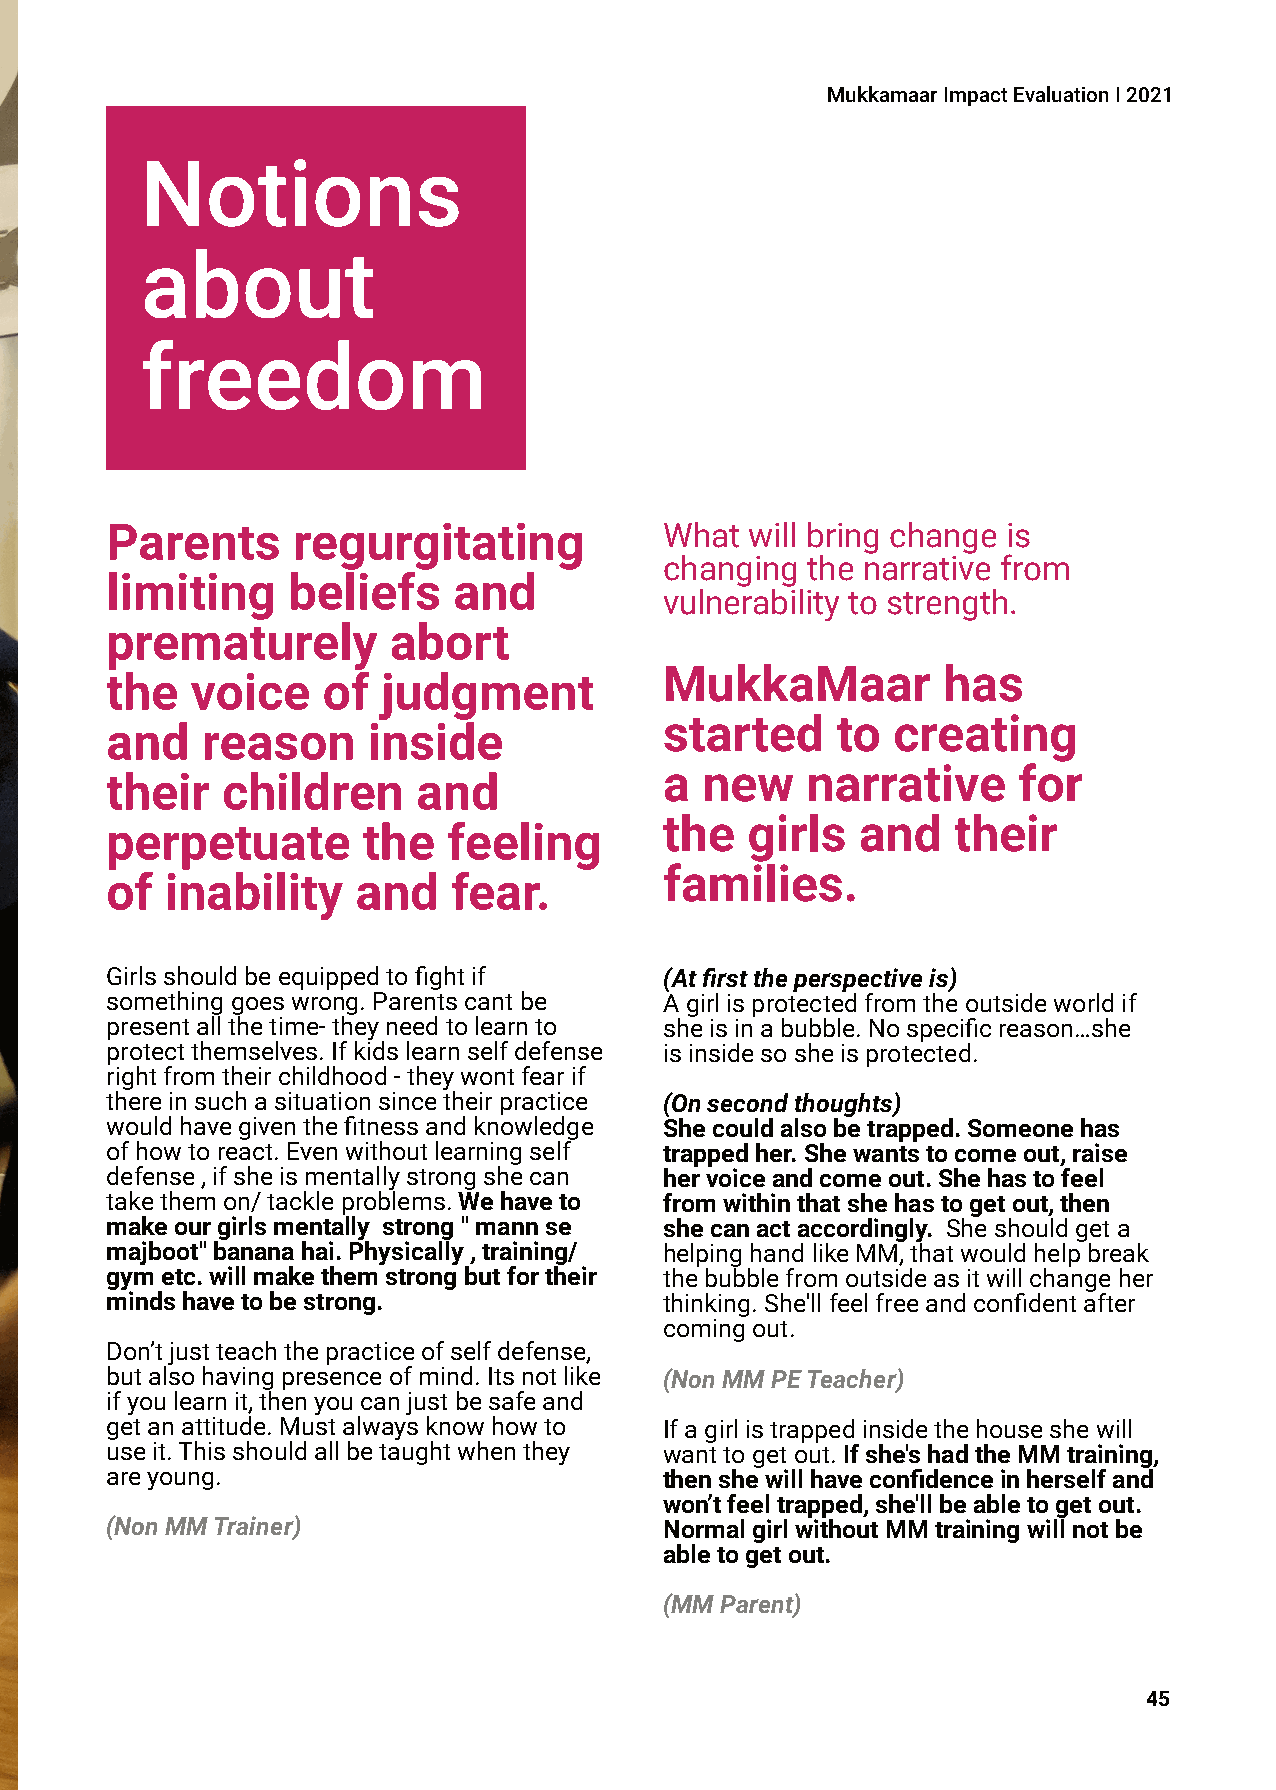
MukkamaarImpactEvaluationI2021
 Notions
 about
 freedom
 Parents     regurgitating            What  will bring change is
 changing the narrative from
 limiting    beliefs    and
 vulnerability to strength.
 prematurely        abort
 MukkaMaar         has
 the   voice   of  judgment
 started    to  creating
 and   reason     inside
 a new    narrative     for
 their   children     and
 the  girls   and   their
 perpetuate       the   feeling
 families.
 of  inability    and   fear.
 Girlsshouldbeequippedtofightif       (Atfirsttheperspectiveis)
 somethinggoeswrong.Parentscantbe     Agirlisprotectedfromtheoutsideworldif
 presentallthetime-theyneedtolearnto  sheisinabubble.Nospecificreason…she
 protectthemselves.Ifkidslearnselfdefense isinsidesosheisprotected.
 rightfromtheirchildhood-theywontfearif
 thereinsuchasituationsincetheirpractice (Onsecondthoughts)
 wouldhavegiventhefitnessandknowledge Shecouldalsobetrapped.Someonehas
 ofhowtoreact.Evenwithoutlearningself trappedher.Shewantstocomeout,raise
 defense,ifsheismentallystrongshecan  hervoiceandcomeout.Shehastofeel
 takethemon/tackleproblems.Wehaveto   fromwithinthatshehastogetout,then
 makeourgirlsmentally strong"mannse   shecanactaccordingly. Sheshouldgeta
 majboot"bananahai.Physically,training/ helpinghandlikeMM,thatwouldhelpbreak
 gymetc.willmakethemstrongbutfortheir thebubblefromoutsideasitwillchangeher
 mindshavetobestrong.                 thinking.She'llfeelfreeandconfidentafter
 comingout.
 Don’tjustteachthepracticeofselfdefense,
 butalsohavingpresenceofmind.Itsnotlike (NonMMPETeacher)
 ifyoulearnit,thenyoucanjustbesafeand
 getanattitude.Mustalwaysknowhowto    Ifagirlistrappedinsidethehouseshewill
 useit.Thisshouldallbetaughtwhenthey  wanttogetout.Ifshe'shadtheMMtraining,
 areyoung.                            thenshewillhaveconfidenceinherselfand
 won’tfeeltrapped,she'llbeabletogetout.
 (NonMMTrainer)                       NormalgirlwithoutMMtrainingwillnotbe
 abletogetout.
 (MMParent)
 45